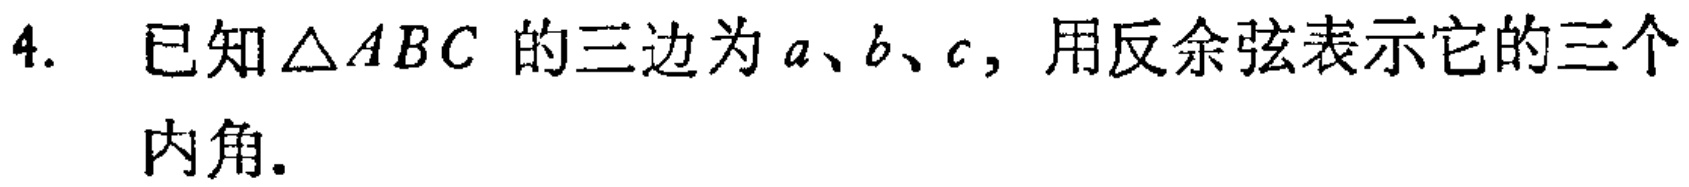
4. 已知$\triangle ABC$ 的三边为$a、b、c$，用反余弦表示它的三个内角.